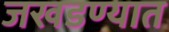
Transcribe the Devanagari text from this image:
जखडण्यात